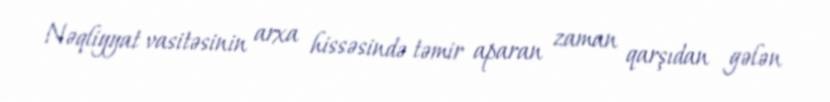
Nəqliyyat vasitəsinin arxa hissəsində təmir aparan zaman qarşıdan gələn